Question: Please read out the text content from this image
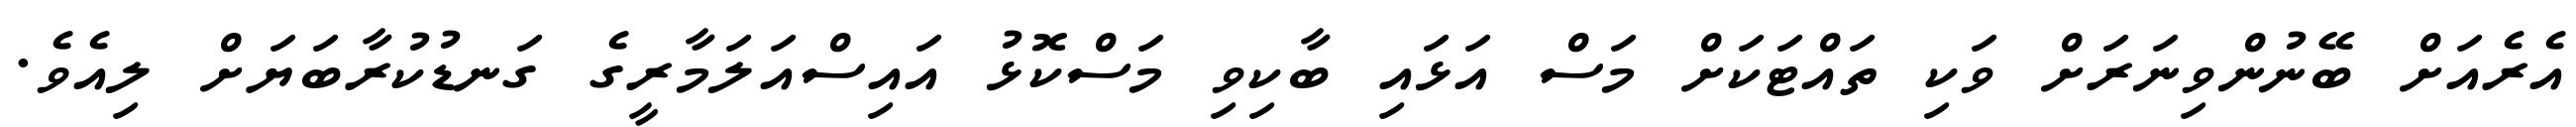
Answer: އެރެއަށް ބޭނުންވިނަރަށް ވަކި ތައްޓަކަށް މަސް އަޅައި ބާކިވި މަސްކޮޅު އައިސްއަލަމާރީގެ ގަނޑުކުރާބަޔަށް ލިއެވެ.